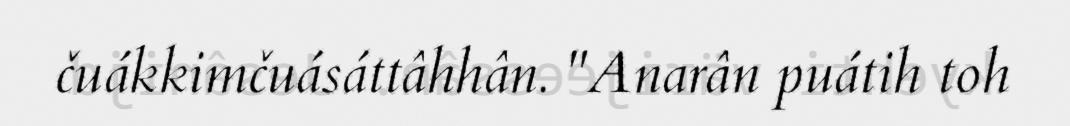
čuákkimčuásáttâhhân. "Anarân puátih toh